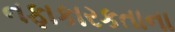
નફાકારકતાના